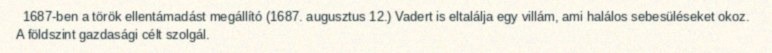
1687-ben a török ellentámadást megállító (1687. augusztus 12.) Vadert is eltalálja egy villám, ami halálos sebesüléseket okoz. A földszint gazdasági célt szolgál.